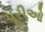
પૂરીઓ